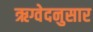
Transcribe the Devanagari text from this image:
ऋग्वेदनुसार